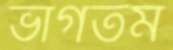
ভাগতম